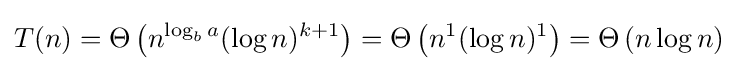
T(n)=\Theta \left(n^{\log _{b}a}(\log n)^{k+1}\right)=\Theta \left(n^{1}(\log n)^{1}\right)=\Theta \left(n\log n\right)